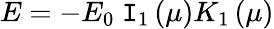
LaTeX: E=-E_{0}\; \mathtt{I}_{1}\left(\mu\right)K_{1}\left(\mu\right)